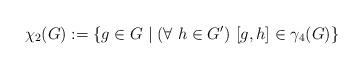
LaTeX: \begin{align*}\chi_2(G):=\lbrace g\in G\mid (\forall\ h\in G^\prime)\ \lbrack g,h\rbrack\in\gamma_4(G)\rbrace\end{align*}